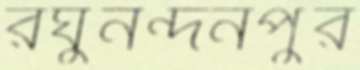
রঘুনন্দনপুর